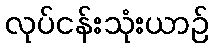
လုပ်ငန်းသုံးယာဉ်